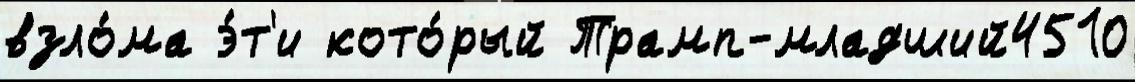
взло́ма э́т'и кото́рый Трамп-младший4510